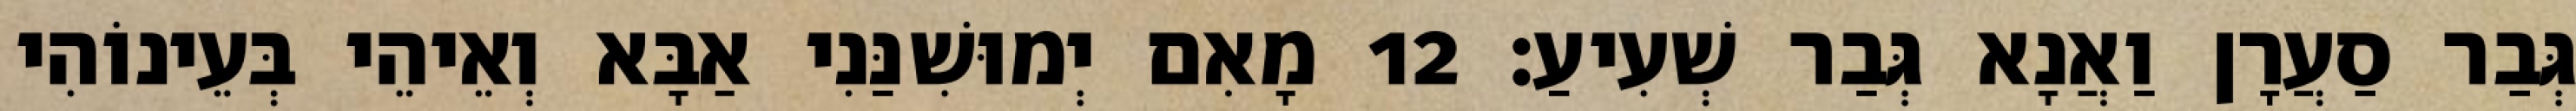
גְּבַר סַעֲרָן וַאֲנָא גְּבַר שְׁעִיעַ׃ 12 מָאִם יְמוּשִׁנַּנִי אַבָּא וְאֵיהֵי בְּעֵינוֹהִי